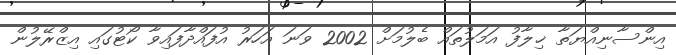
އިންސާނިއްޔަތާ ޚިލާފު އަމަލުތައް ބެލުމަށް 2002 ވަނަ އަހަރު އުފައްދާފައިވާ ކޯޓުގައި އިޒްރޭލުން